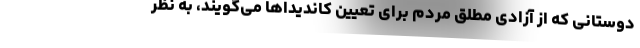
دوستانی که از آزادی مطلق مردم برای تعیین کاندیداها می‌گویند، به نظر